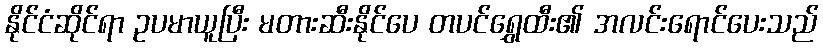
နိုင်ငံဆိုင်ရာ ဥပမာယူပြီး မတားဆီးနိုင်ပေ တပင်ရွှေထီး၏ အလင်းရောင်ပေးသည်